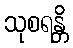
သုစရန္တိ